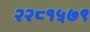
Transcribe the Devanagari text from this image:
२२८१५७९